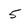
Character: 5